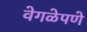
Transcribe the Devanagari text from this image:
वेगळेपणे